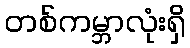
တစ်ကမ္ဘာလုံးရှိ